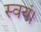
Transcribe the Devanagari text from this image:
स्वयं।